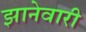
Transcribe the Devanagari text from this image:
झानेवारी